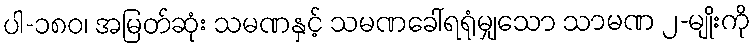
ပါ-၁၈၀၊ အမြတ်ဆုံး သမဏနှင့် သမဏခေါ်ရရုံမျှသော သာမဏ ၂-မျိုးကို